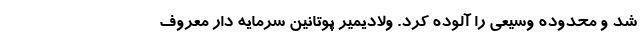
شد و محدوده وسیعی را آلوده کرد. ولادیمیر پوتانین سرمایه دار معروف